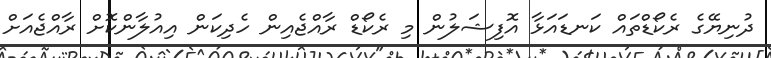
ދުނިޔޭގެ ރެކޯޑްތައް ކަނޑައަޅާ އޮފިޝަލުން މި ރެކޯޑް ރާއްޖެއިން ހެދިކަން އިއުލާންކޮށް ރާއްޖެއަށް